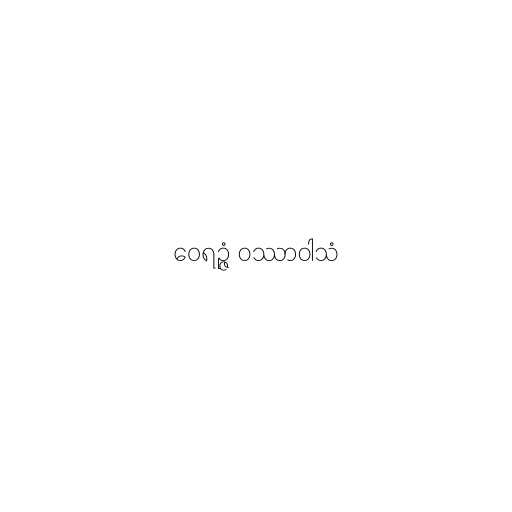
ဝေရဉ္ဇံ ဝဿာဝါသံ